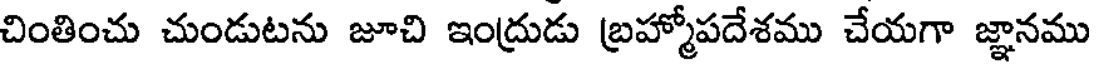
చింతించు చుండుటను జూచి ఇంద్రుడు బ్రహ్మోపదేశము చేయగా జ్ఞానము